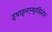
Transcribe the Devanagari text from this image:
इथाइलएन्थ्राक्विनोन